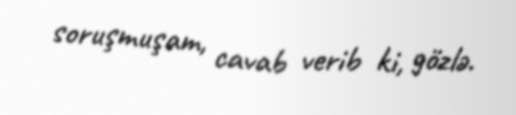
soruşmuşam, cavab verib ki, gözlə.